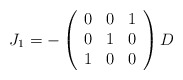
\begin{align*} J_{1} = - \left( \begin{array}{ccc}0 & 0 & 1 \\ 0 & 1 & 0 \\ 1 & 0 & 0 \end{array}\right) D\end{align*}